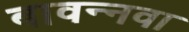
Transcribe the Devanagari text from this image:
बावन्नवा